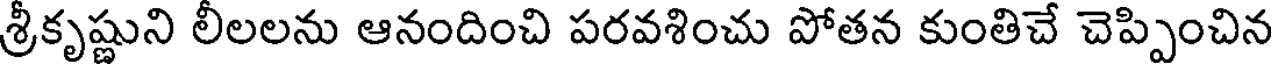
శ్రీకృష్ణుని లీలలను ఆనందించి పరవశించు పోతన కుంతిచే చెప్పించిన